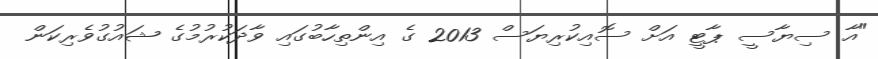
"އާ ސިޔާސީ ޕާޓީ އަށް ސޮއިކުރިޔަސް 2013 ގެ އިންތިހާބުގައި ވާދަކުރުމުގެ ޝައުގުވެރިކަން